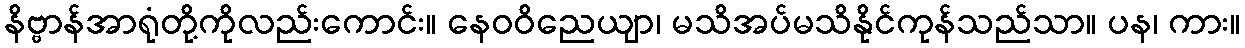
နိဗ္ဗာန်အာရုံတို့ကိုလည်းကောင်း။ နေဝဝိညေယျာ၊ မသိအပ်မသိနိုင်ကုန်သည်သာ။ ပန၊ ကား။